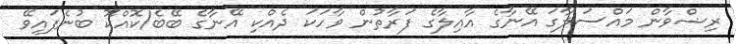
ރިޟްވާން މައްސަލާގަ އޭނާގެ އާއިލާގެ ފަރާތުން ވާހަކަ ދެއްކި އޭނާގެ ބޭބެ/ކޮއްކޮ ބުނެފައިވޭ